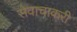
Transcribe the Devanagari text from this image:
सेवाचाकरी